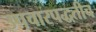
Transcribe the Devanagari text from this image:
उपचारपद्धतीच